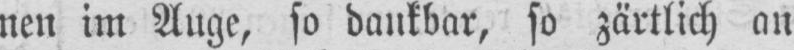
nen im Auge, so dankbar, so zärtlich an